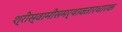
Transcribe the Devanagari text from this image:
श्रीस्वामीसमर्थावतारधारक